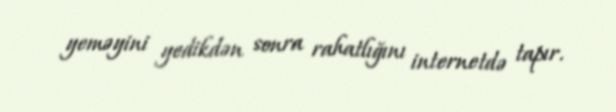
yeməyini yedikdən sonra rahatlığını internetdə tapır.